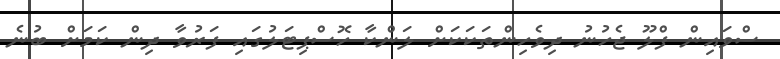
ސްވައިން ފްލޫ ޖެހުނު ދިވެހިންތަކަކަށް ލަންކާ ހޮސްޕިޓަލުގައި ފަރުވާ ދިން ކަމަށް ބުނެ